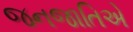
જનજાતિએ